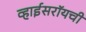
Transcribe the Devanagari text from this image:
व्हाईसरॉयची